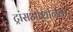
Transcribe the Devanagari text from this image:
ट्रांसओशनिक